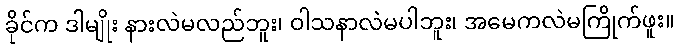
ခိုင်က ဒါမျိုး နားလဲမလည်ဘူး၊ ဝါသနာလဲမပါဘူး၊ အမေကလဲမကြိုက်ဖူး။